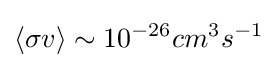
\left\langle \sigma v\right\rangle \sim 10^{-26}cm^{3}s^{-1}